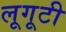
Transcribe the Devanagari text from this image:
लूगूटी